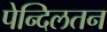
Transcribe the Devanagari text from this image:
पेन्दिलतन